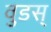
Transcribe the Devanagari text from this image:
वुडस्